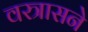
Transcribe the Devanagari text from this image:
वस्त्रासने